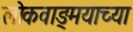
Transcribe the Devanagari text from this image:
लोकवाङ्मयाच्या